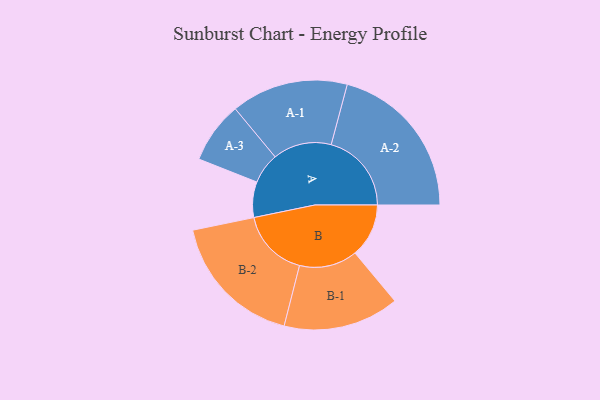
{"axis": {"x": "Segment", "y": "Value"}, "legend": ["", "A", "B"], "data": [{"x": "A", "y": 127, "type": ""}, {"x": "B", "y": 192, "type": ""}, {"x": "A-1", "y": 209, "type": "A"}, {"x": "A-2", "y": 287, "type": "A"}, {"x": "A-3", "y": 110, "type": "A"}, {"x": "B-1", "y": 207, "type": "B"}, {"x": "B-2", "y": 245, "type": "B"}]}